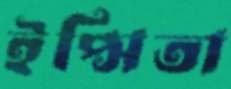
ইপ্সিতা